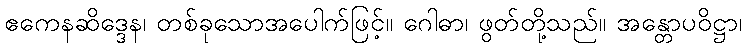
ဧကေနဆိဒ္ဒေန၊ တစ်ခုသောအပေါက်ဖြင့်။ ဂေါဓာ၊ ဖွတ်တို့သည်။ အန္တောပဝိဋ္ဌာ၊